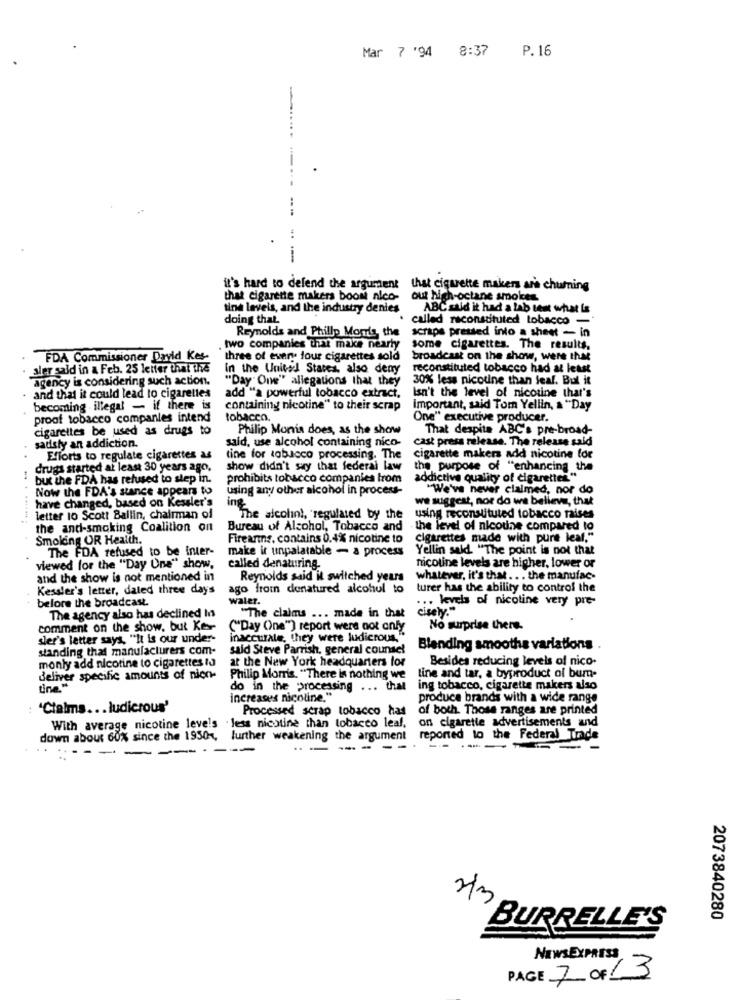
Mar 7 '94 8:37
P. 16
it's hard to defend the argument that cigarette makers are chuming
that cigarette makers boom nico-
out high-octane smokes
tine levels, and the industry denies
ABC said it had a lab test what is
doing that.
called reconstituted tobacco -
scraps pressed into a sheet - in
Reynolds and Phillp Moms, the
two companies that make nearly
some cigarettes. The results,
FDA Commissioner David Kes
`three of every four cigarettes sold
broadcast on the show, were that
aler sald in & Feb. 25 letter that the
In the United States, also deny
reconstituted tobacco had at least
agency is considering such action.
"Day" One" allegations that they
30% less nicotine than leaf. Bul it
and that it could lead to cigarettes
add "a powerful tobacco extract,
Isn't the level of nicotine that's
becoming . illegal - if there is
containing nicotine" to their scrap
Important, said Tom Yellin, a "Day
proof tobacco companies intend
tobacco.
One" executive producer.
cigarettes be used as drugs to
Philip Monis does, as the show
That despite ABC's pre-broad-
said, use alcohol containing nico-
cast press release. The release said
sadsly an addiction.
..
Efforts to regulate cigarettes as
tine for tobacco processing. The
cigarette makers add nicotine for
drugs started at least 30 years ago,
show didn't say that federal law
the purpose of "enhancing the
but the FDA has refused to step in.
prohibits tobacco companies from
addictive quality of cigarettes"
Now the FDA's stance appears to
using any other alcohol in process-
"We've never claimed, nor do
we suggest, nor do we believe, that
have changed, based on Kessler's
. . ........
letter 10 Scott Ballin, chairman of
"The alcolin', 'regulated by the
using reconstituted tobacco raises
the andl-smoking Coalition on
Bureau of Alcohol, Tobacco and
the level of nicotine compared to
Smoking OR Health.
Firearns, contains 0.4% nicotine to
cigarettes made with pure leaf."
The FDA refused to be inter-
make it unpalatable - a process
Yellin sald. "The point is not that
viewed for the "Day One" show.
called denaturing.
nicoline levels are higher, lower or
and the show is not mentioned in
Reynolds said il switched years
whatever, it's that .. . the manufac-
Kessler's letter, dated three days
ago from denatured alcohul to
turer has the ability to control the
before the broadcast.
waler.
... levels of nicotine very pre-
cisely."
The agency also has declined Ins
"The claims ... made in that
comment on the show, but Kes
('Day One") report were not only
No surprise there.
sler's letter says, "It is our under-
inaccurate, they were ludicrous."
standing that manufacturers com-
said Steve Parrish, general counsel
Blanding smooths variations
monly add nicotine to cigarettes to
at the New York headquarters lor
Besides reducing levels of nico-
deliver specific amounts of nion-
Philip Morris. "There is nothing we
Line and tar, a byproduct of bum-
Line."
do in the processing ... that
ing tobacco, cigarette makers also
increases nicoline."
produce brands with a wide range
'Cialms ... ludicrous'
Processed scrap tobacco has
of both. Those ranges are printed
With average nicotine levels . less nicotine than tobacco leaf,
on cigarette advertisements and
down about 60% since the 19504, further weakening the argument
reported to the Federal Trade
..
-
:-------
2/3
2073840280
BURRELLE'S
NEWSEXPRESS
PAGE 7 OF 13